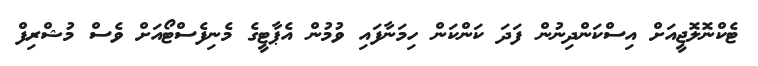
ޓެކްނޮލޮޖީއަށް އިސްކަންދިނުން ފަދަ ކަންކަން ހިމަނާފައި ވުމުން އެޕާޓީގެ މެނިފެސްޓޯއަށް ވެސް މުޝްރިފް